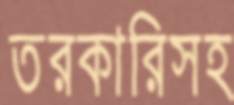
তরকারিসহ